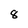
Character: 8